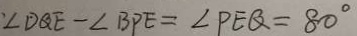
^ { . } \angle D Q E - \angle B P E = \angle P E Q = 8 0 ^ { \circ }